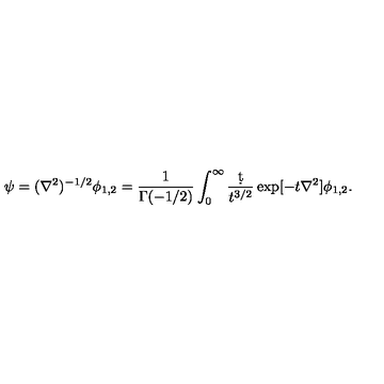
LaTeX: \psi = ( \nabla ^ { 2 } ) ^ { - 1 / 2 } \phi _ { 1 , 2 } = { \frac { 1 } { \Gamma ( - 1 / 2 ) } } \int _ { 0 } ^ { \infty } { \frac { \d t } { t ^ { 3 / 2 } } } \exp [ - t \nabla ^ { 2 } ] \phi _ { 1 , 2 } .